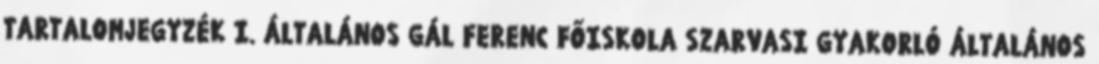
TARTALOMJEGYZÉK I. ÁLTALÁNOS GÁL FERENC FŐISKOLA SZARVASI GYAKORLÓ ÁLTALÁNOS